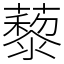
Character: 藜